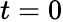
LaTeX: t=0